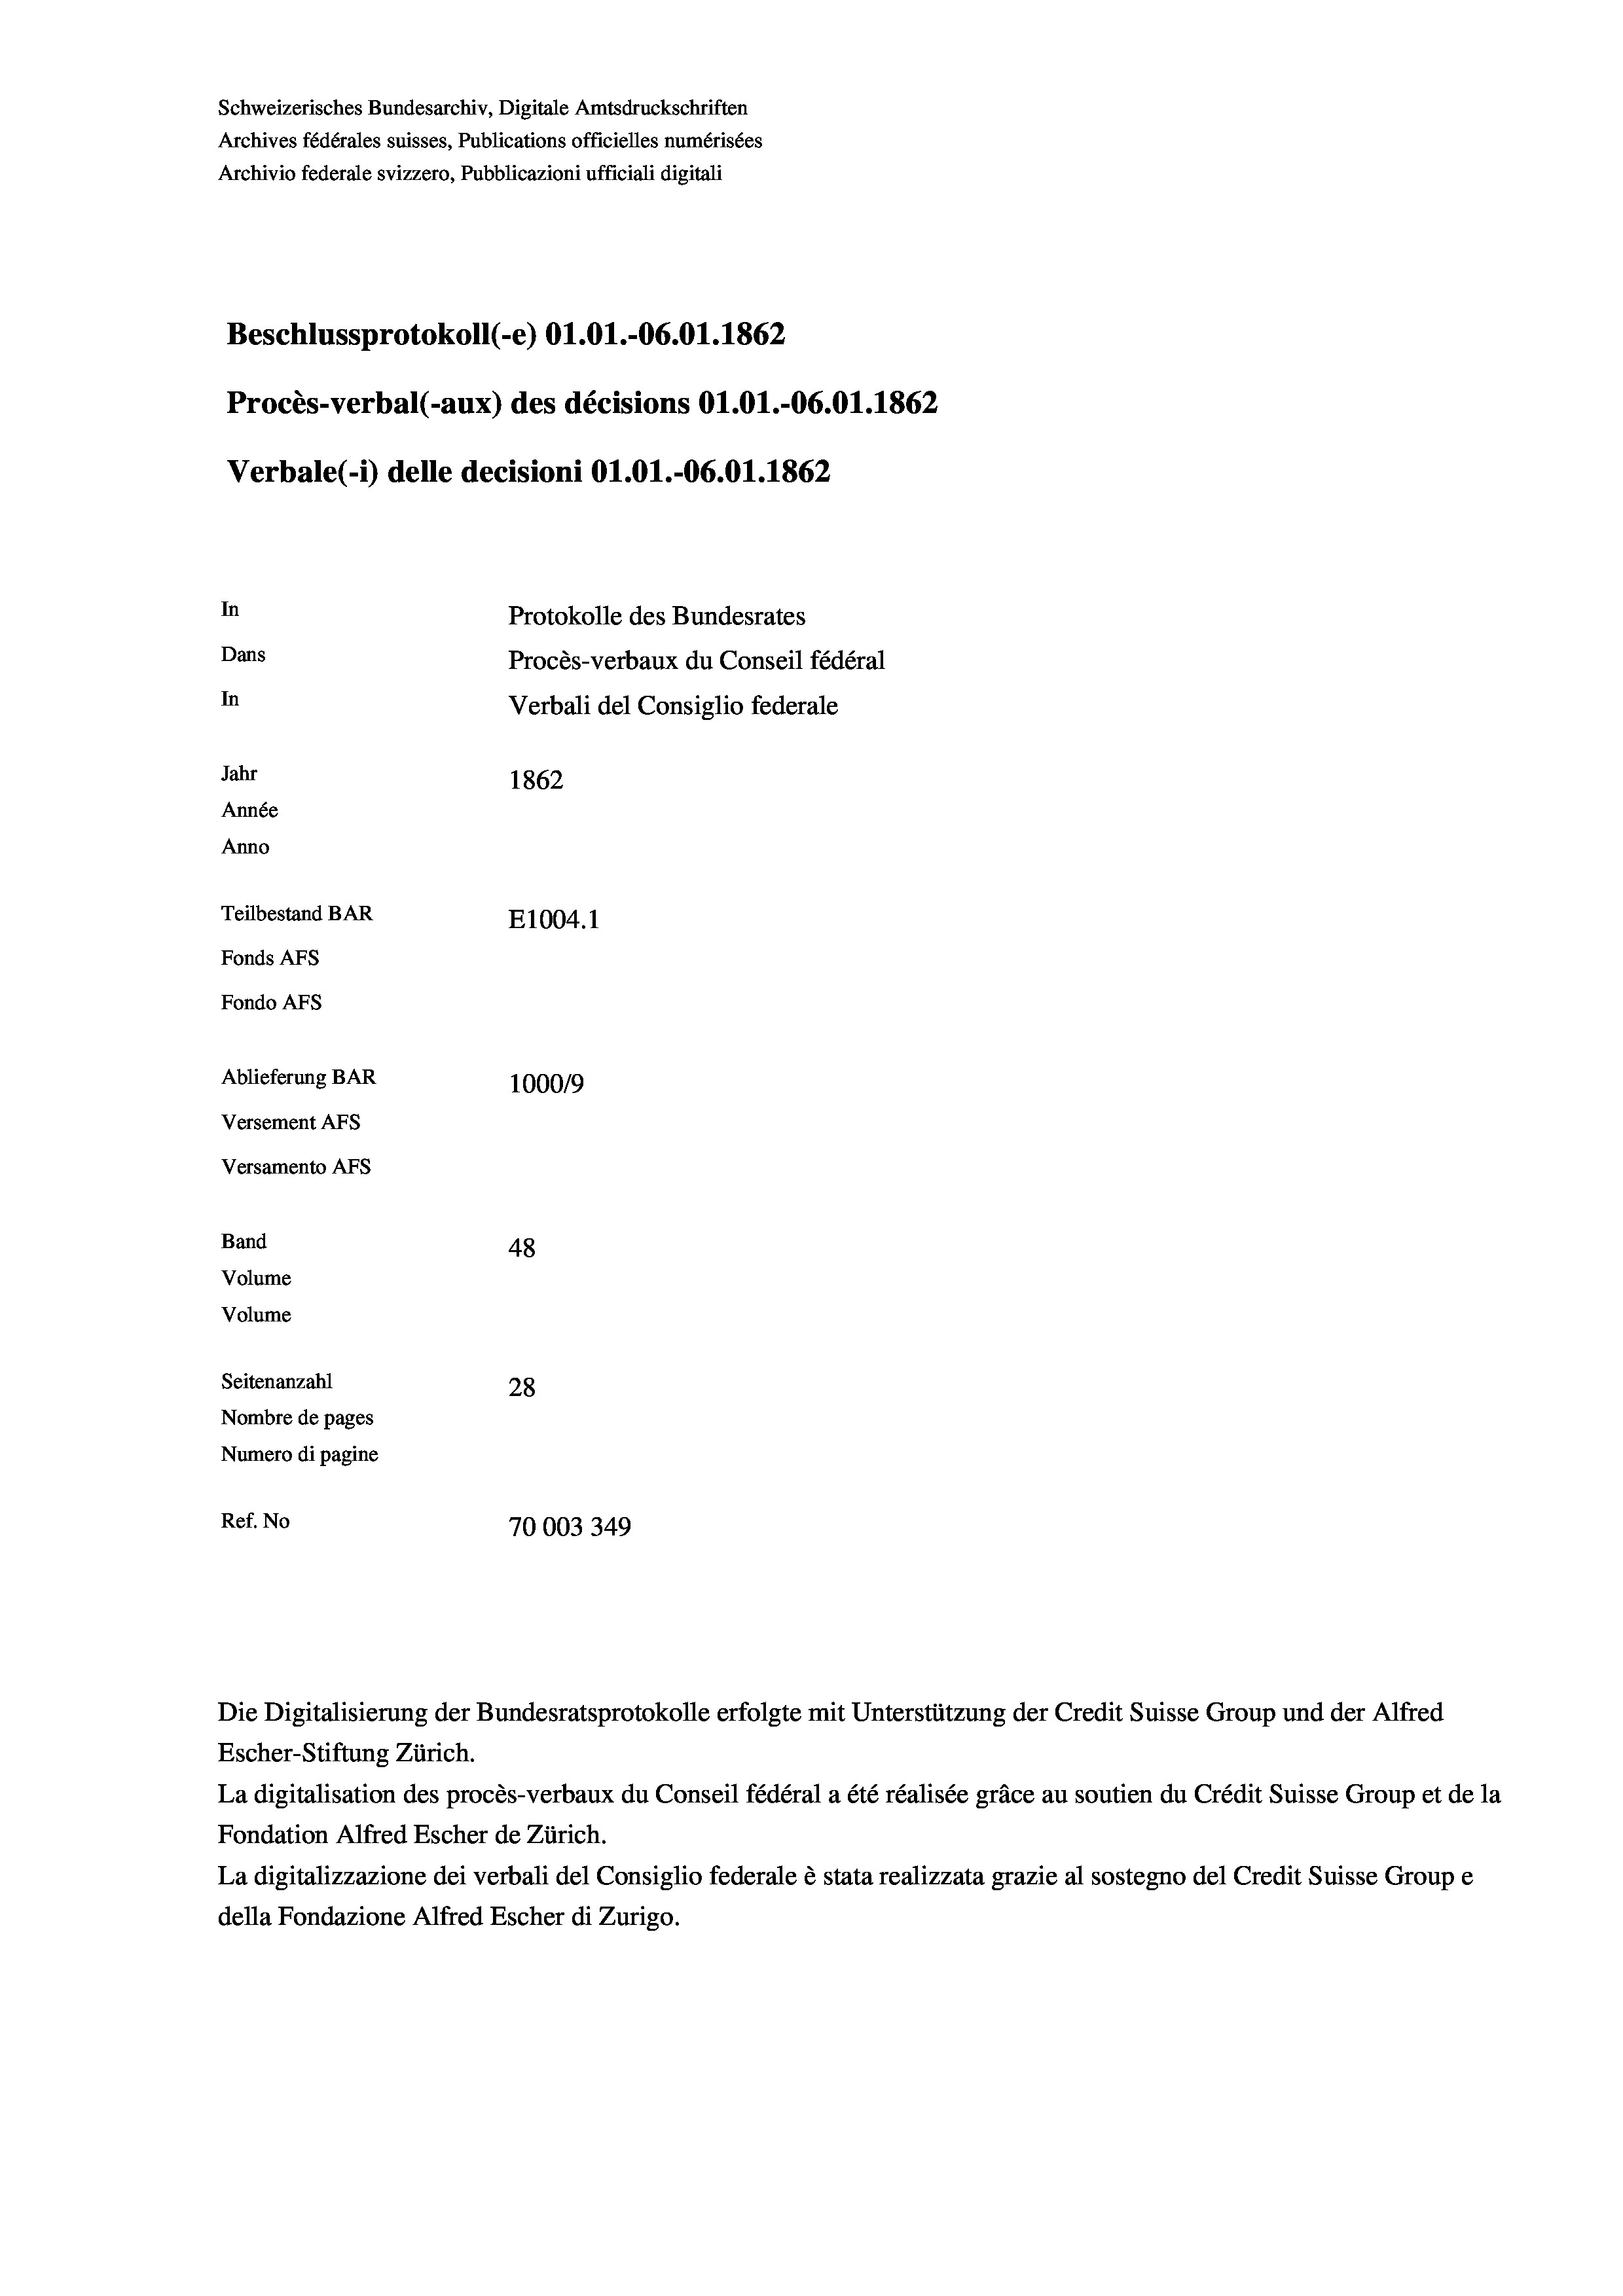
Beschlussprotokoll (-e) 01.01.-06.01. 1862
Procès-verbal (-aux) des décisions Ol.O1.-06.01. 1862
Verbale (1) delle decisioni O1.01.-06.01. 1862
In
Protokolle des Bundesrates
Dans
Procès-verbaux du Conseil fédéral
In
Verbali del Consiglio federale
Jahr
1862
Année
Anno
Teilbestand BAR
E1004. 1
Fonds AFs
Fondo Afs

Schweizerisches Bundesarchiv, Digitale Amtsdruckschriften
Archives fédérales suisses, Publications officielles numérisées
Archivio federale svizzero, Pubblicazioni ufficiali digitali

Ablieferung BAR
Versement AFs
Versamento AFs
Band
Volume
Volume
Seitenanzahl

48
28
Nombre de pages
Numero di pagine
Ref. No
70003349

1000/9

Escher-Stiftung Zürich.
La digitalisation des procès-verbaux du Conseil fédéral a été réalisée gräce au soutien du Crédit Suisse Group et de la
Fondation Alfred Escher de Zürich.
La digitalizzazione dei verbali del Consiglio federale è stata realizzata grazie al sostegno del Credit Suisse Groupe
della Fondazione Alfred Escher di Zurigo.

Die Digitalisierung der Bundesratsprotokolle erfolgte mit Unterstützung der Credit Suisse Group und der Alfred